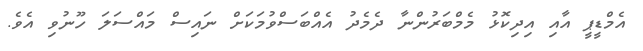
އެމްޑީޕީ އާއި އިދިކޮޅު މެމްބަރުންނާ ދެމެދު އެއްބަސްވުމަކަށް ނައިސް މައްސަލަ ހޫނުވި އެވެ.